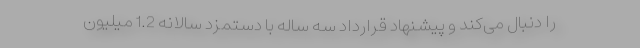
را دنبال می‌کند و پیشنهاد قرارداد سه ساله با دستمزد سالانه 1.2 میلیون